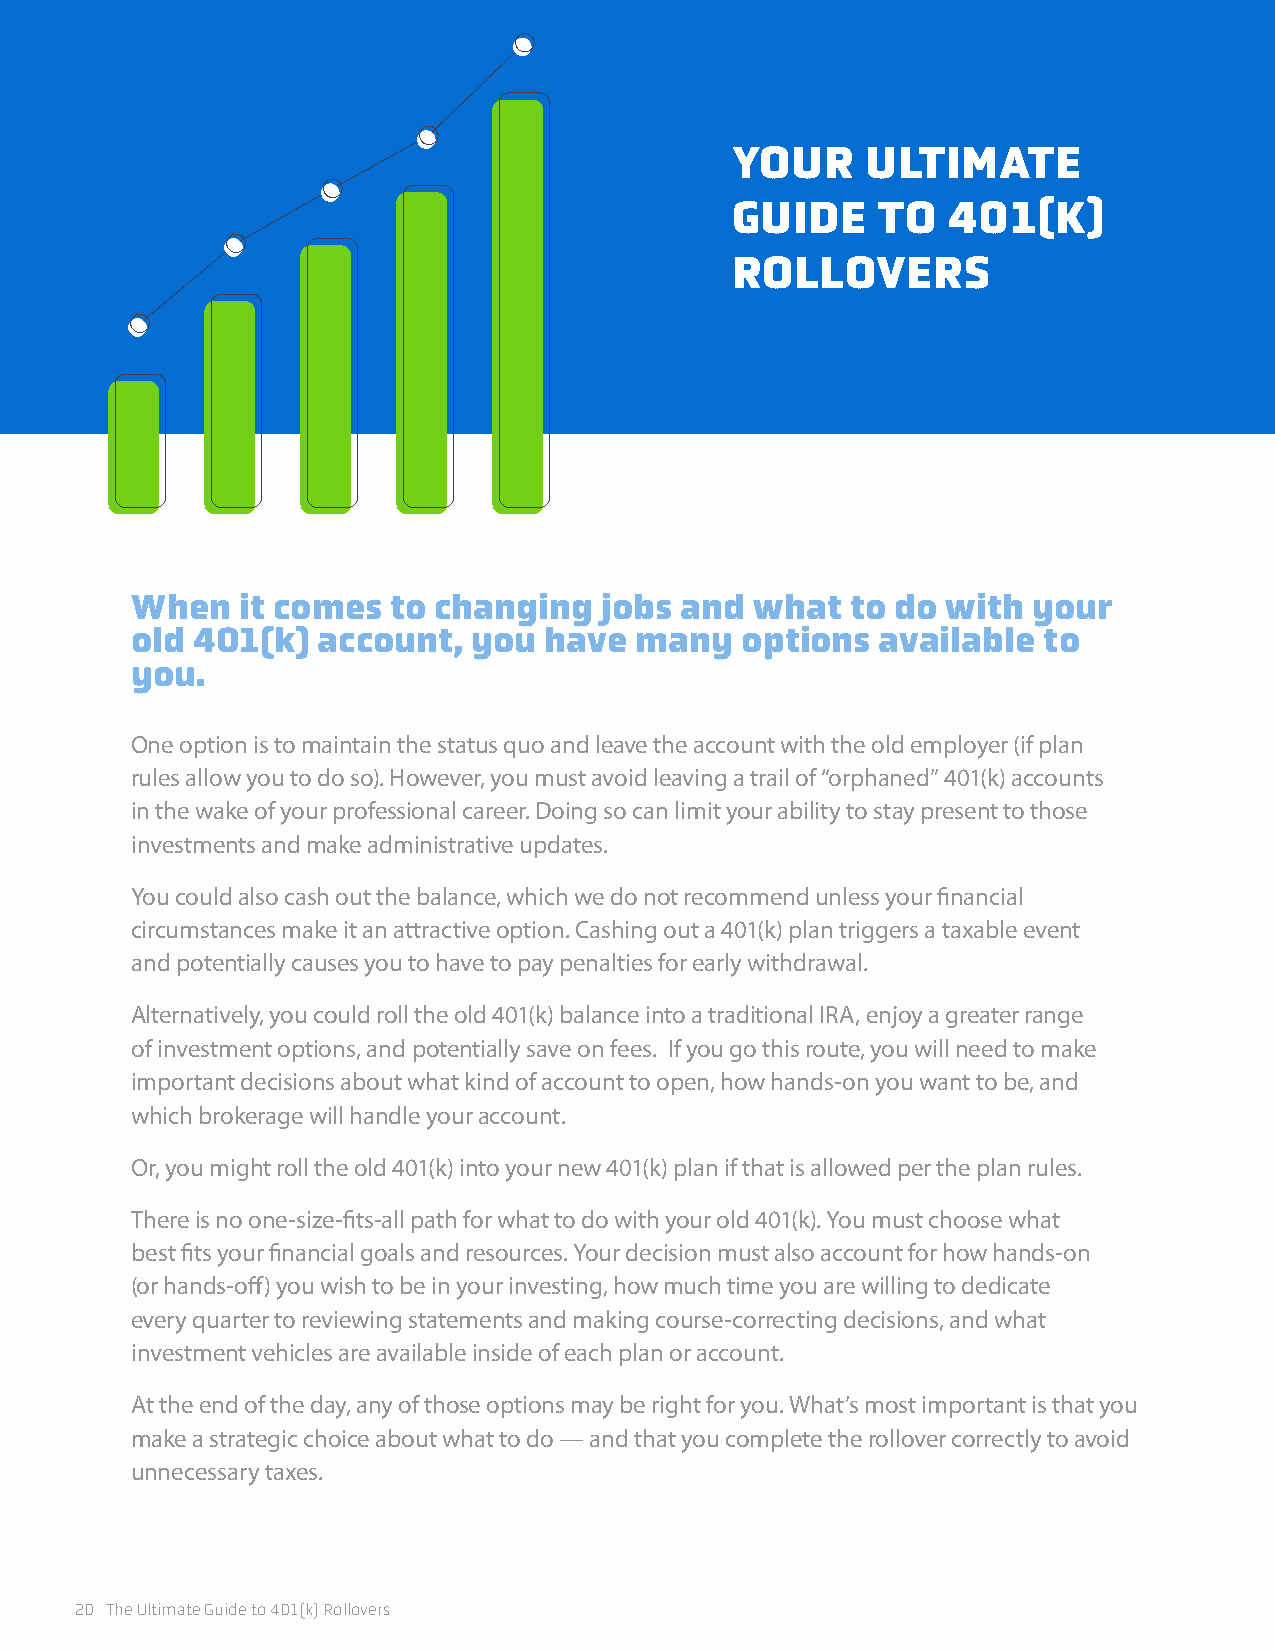
YOUR     ULTIMATE
 GUIDE     TO   401(K)
 ROLLOVERS
 When   it comes  to changing   jobs and  what  to do  with your
 old 401(k)  account,  you  have  many   options  available  to
 you.
 One option is to maintain the status quo and leave the account with the old employer (if plan
 rules allow you to do so). However, you must avoid leaving a trail of “orphaned” 401(k) accounts
 in the wake of your professional career. Doing so can limit your ability to stay present to those
 investments and make administrative updates.
 You could also cash out the balance, which we do not recommend unless your financial
 circumstances make it an attractive option. Cashing out a 401(k) plan triggers a taxable event
 and potentially causes you to have to pay penalties for early withdrawal.
 Alternatively, you could roll the old 401(k) balance into a traditional IRA, enjoy a greater range
 of investment options, and potentially save on fees. If you go this route, you will need to make
 important decisions about what kind of account to open, how hands-on you want to be, and
 which brokerage will handle your account.
 Or, you might roll the old 401(k) into your new 401(k) plan if that is allowed per the plan rules.
 There is no one-size-fits-all path for what to do with your old 401(k). You must choose what
 best fits your financial goals and resources. Your decision must also account for how hands-on
 (or hands-off) you wish to be in your investing, how much time you are willing to dedicate
 every quarter to reviewing statements and making course-correcting decisions, and what
 investment vehicles are available inside of each plan or account.
 At the end of the day, any of those options may be right for you. What’s most important is that you
 make a strategic choice about what to do — and that you complete the rollover correctly to avoid
 unnecessary taxes.
 20 The Ultimate Guide to 401(k) Rollovers